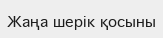
Жаңа шерік қосыны